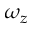
\omega _ { z }